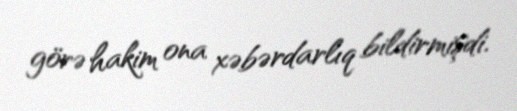
görə hakim ona xəbərdarlıq bildirmişdi.